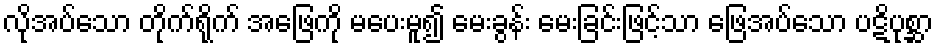
လိုအပ်သော တိုက်ရိုက် အဖြေကို မပေးမူ၍ မေးခွန်း မေးခြင်းဖြင့်သာ ဖြေအပ်သော ပဋိပုစ္ဆာ